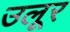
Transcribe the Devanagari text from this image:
उलूर